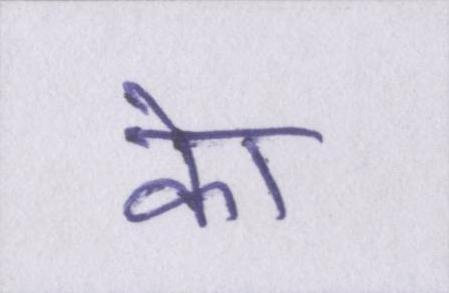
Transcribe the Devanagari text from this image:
केा